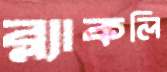
ব্ল্যাকলি